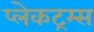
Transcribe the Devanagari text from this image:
प्लेकट्रम्स